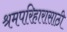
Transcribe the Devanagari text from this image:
श्रमपरिहारासाठी